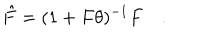
LaTeX: \hat { F } = ( 1 + F \theta ) ^ { - 1 } F \quad .